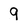
Character: 9